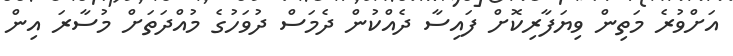
އަށްވުރެ މަތިން ވިޔަފާރިކޮށް ފައިސާ ދެއްކުން ދެމަސް ދުވަހުގެ މުއްދަތަށް މުސާރަ އިން